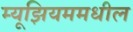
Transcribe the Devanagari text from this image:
म्यूझियममधील